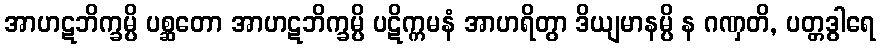
အာဟဋဘိက္ခမ္ပိ ပစ္ဆတော အာဟဋဘိက္ခမ္ပိ ပဋိက္ကမနံ အာဟရိတွာ ဒိယျမာနမ္ပိ န ဂဏှတိ, ပတ္တဒွါရေ